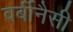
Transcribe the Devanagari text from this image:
वर्बीनैसी